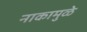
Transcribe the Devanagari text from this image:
नाकामुळे